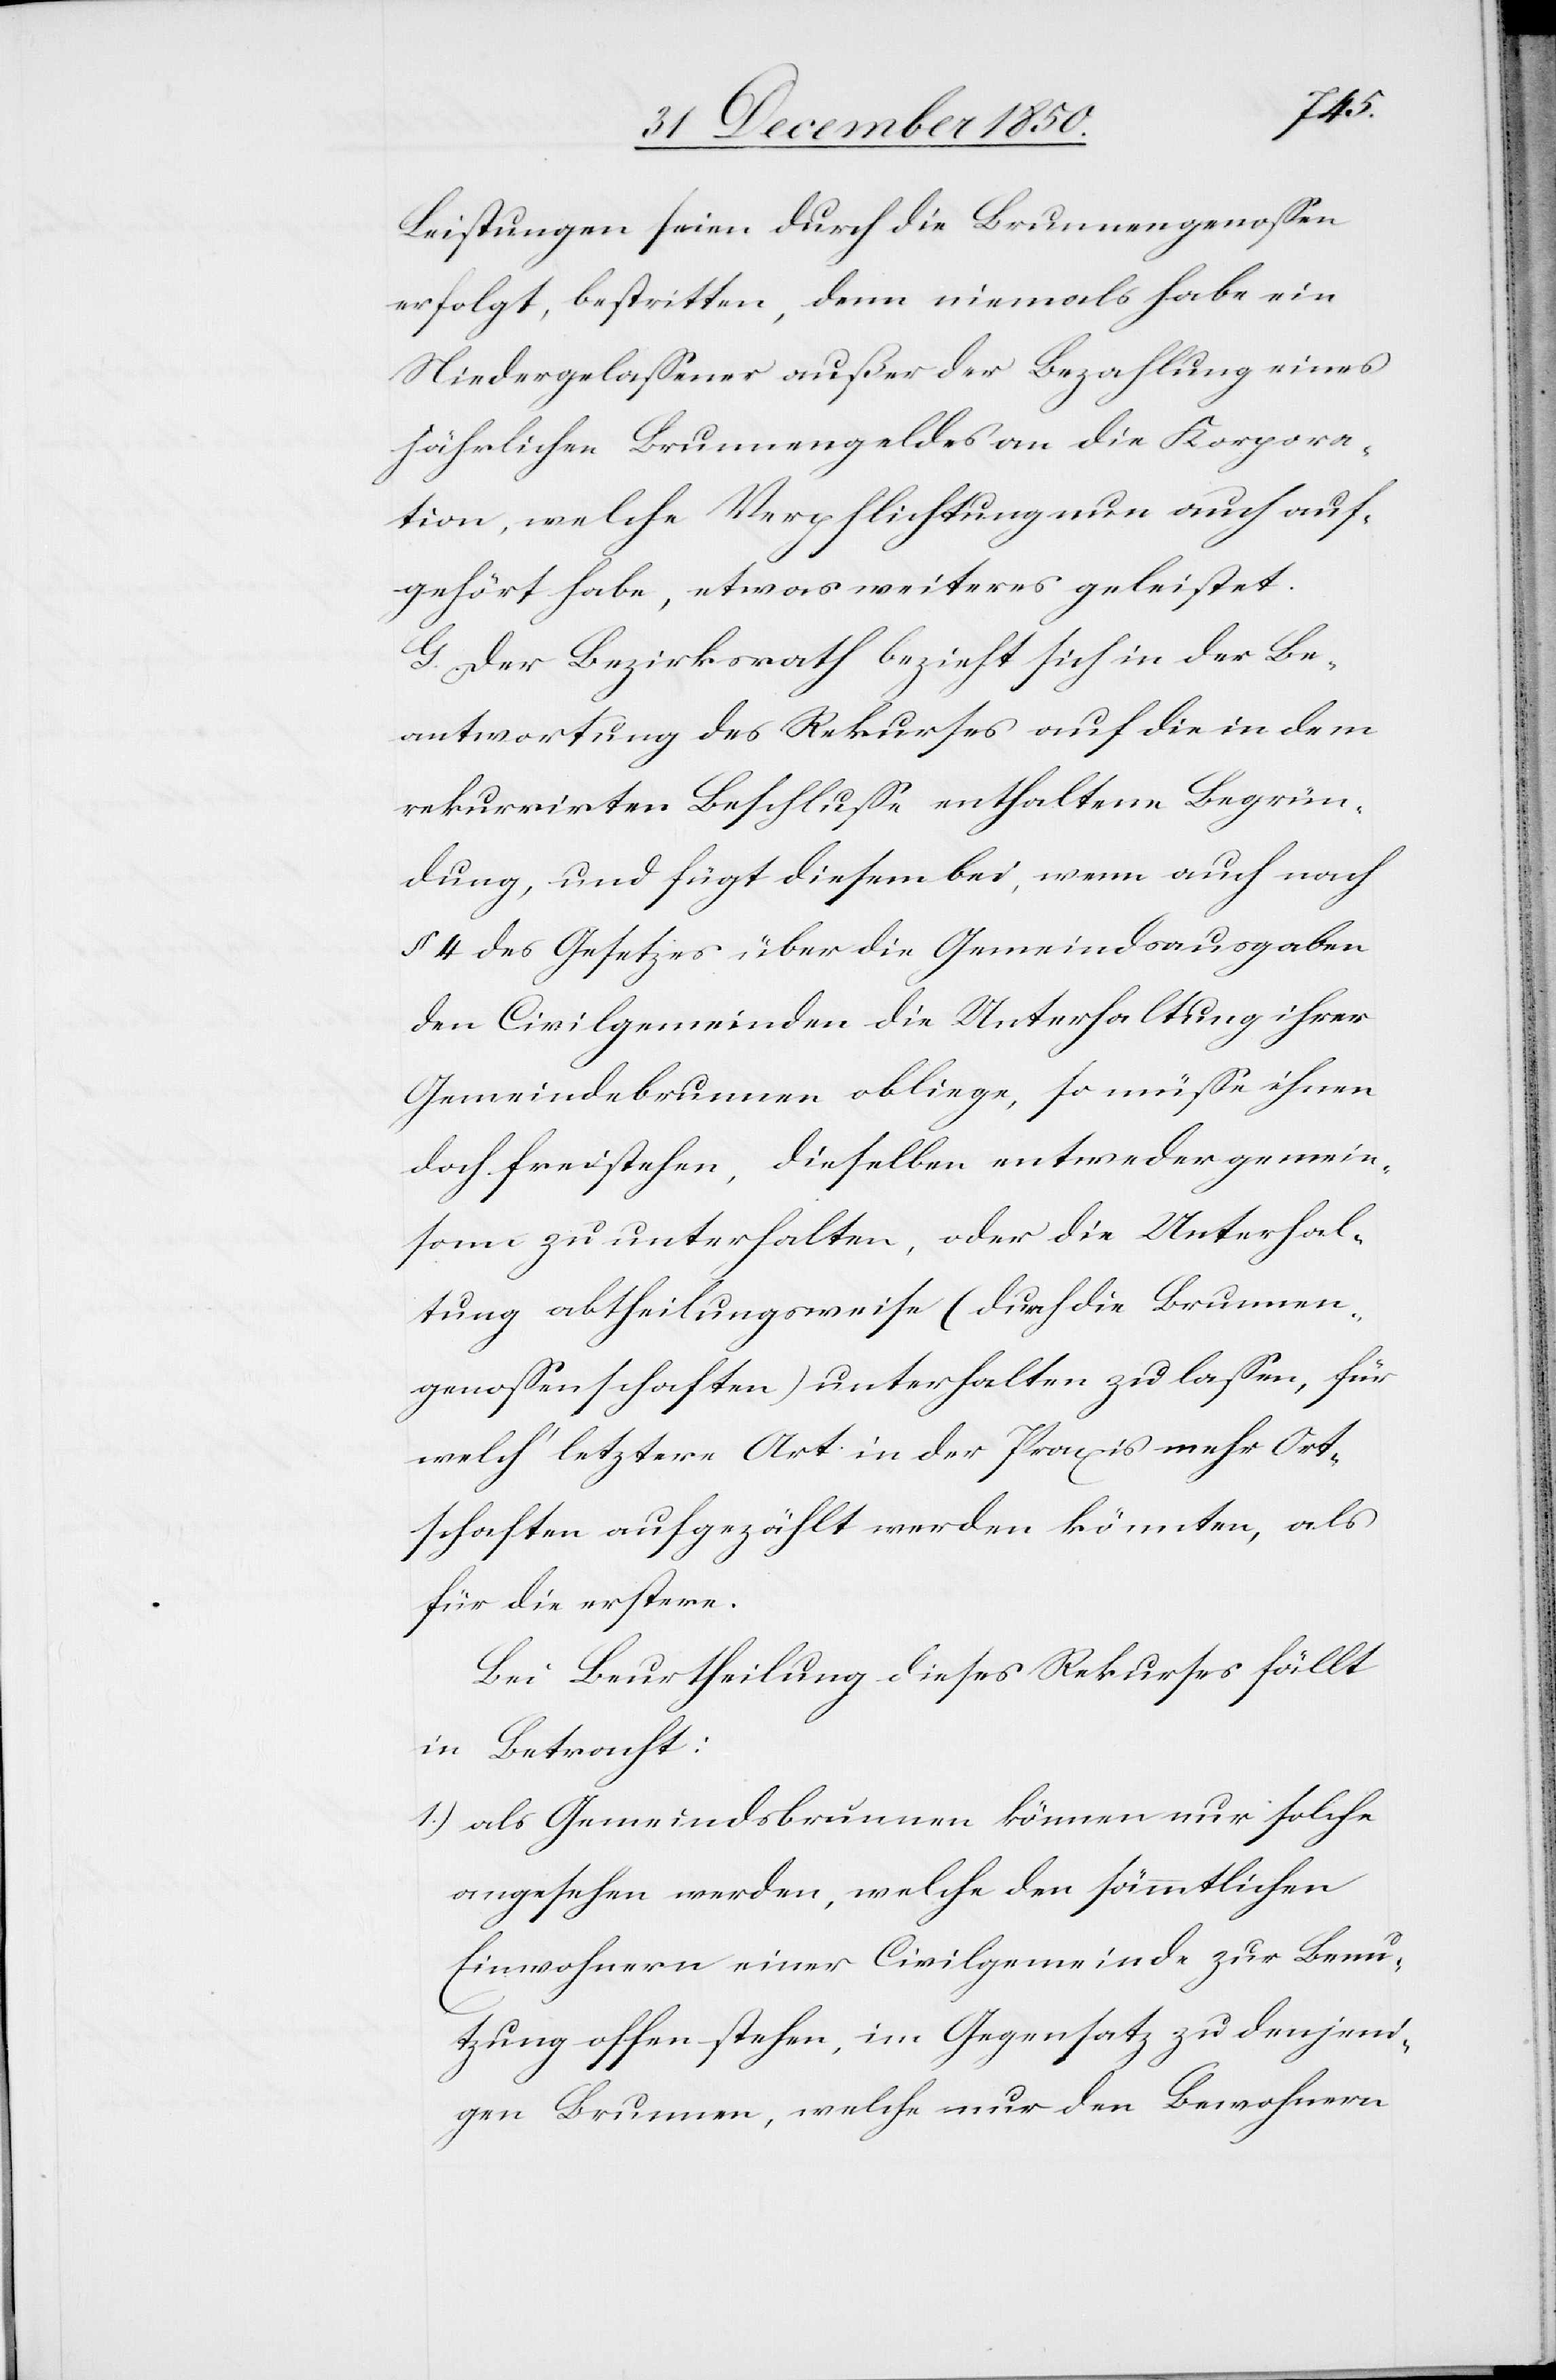
Leistungen seien durch die Brunnengenossen
erfolgt, bestritten, denn niemals habe ein
Niedergelassener außer der Bezahlung eines
jährlichen Brunngengeldes an die Korpora¬
tion, welche Verpflichtung nun auch auf¬
gehört habe, etwas weiteres geleistet.
G. Der Bezirksrath bezieht sich in der Be¬
antwortung des Rekurses auf die in dem
rekurrirten Beschlusse enthaltene Begrün¬
dung, und fügt diesem bei, wenn auch nach
§ 4 des Gesetzes über die Gemeindsausgaben
den Civilgemeinden die Unterhaltung ihrer
Gemeindebrunnen obliege, so müsse ihnen
doch freistehen, dieselben entweder gemein¬
sam zu unterhalten, oder die Unterhal¬
tung abtheilungsweise (durch die Brunnen¬
genossenschaften) unterhalten zu lassen, für
welch‘ letztere Art in der Praxis mehr Ort¬
schaften aufgezählt werden könnten, als
für die erstere.
Bei Beurtheilung dieses Rekurses fällt
in Betracht:
1.) als Gemeindsbrunnen können nur solche
angesehen werden, welche den sämmtlichen
Einwohnern einer Civilgemeinde zur Benu¬
tzung offen stehen, im Gegensatz zu denjeni¬
gen Brunnen, welche nur den Bewohnern